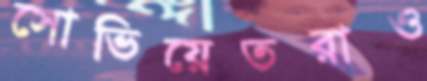
সোভিয়েতরাও